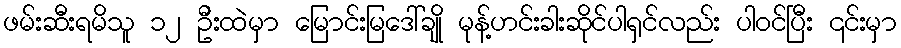
ဖမ်းဆီးရမိသူ ၁၂ ဦးထဲမှာ မြောင်းမြဒေါ်ချို မုန့်ဟင်းခါးဆိုင်ပါရှင်လည်း ပါဝင်ပြီး ၎င်းမှာ